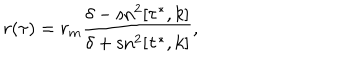
r ( \tau ) = r _ { m } \frac { \delta - \mathrm { s n } ^ { 2 } [ \tau ^ { * } , k ] } { \delta + \mathrm { s n } ^ { 2 } [ \tau ^ { * } , k ] } ,